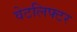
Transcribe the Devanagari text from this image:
वेटलिफ्टर